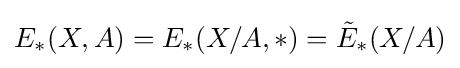
E_{*}(X,A)=E_{*}(X/A,*)={\tilde {E}}_{*}(X/A)